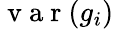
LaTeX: \mathrm{~v~a~r~}(g_{i})